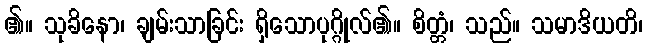
၏။ သုခိနော၊ ချမ်းသာခြင်း ရှိသောပုဂ္ဂိုလ်၏။ စိတ္တံ၊ သည်။ သမာဒိယတိ၊